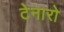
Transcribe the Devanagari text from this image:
टेनारो